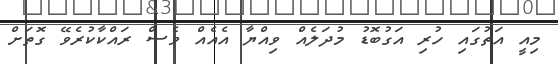
މިއީ އަތުގައި ހުރި އަގުބޮޑު މުދަލެއް ވިއްޔާ އެއެއް ވެސް ރައްކާކުރެވޭ ގޮތަށް